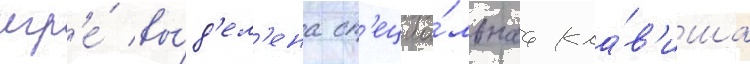
игр'е́ вы́д'ел'ена сп'ециа́льнаа кла́в'иша